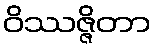
ဝိဿဇ္ဇိတာ